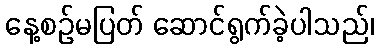
နေ့စဉ်မပြတ် ဆောင်ရွက်ခဲ့ပါသည်၊